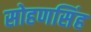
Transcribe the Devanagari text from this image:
सोहणसिंह